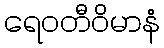
ရေဝတီဝိမာနံ